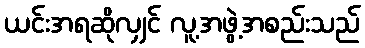
ယင်းအရဆိုလျှင် လူ့အဖွဲ့အစည်းသည်